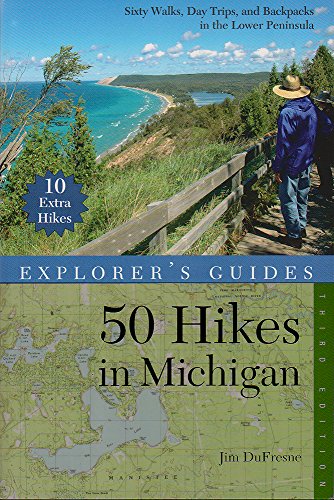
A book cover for Explorer's Guide 50 Hikes in Michigan: Sixty Walks, Day Trips, and Backpacks in the Lower Peninsula (Third Edition)  (Explorer's 50 Hikes); Jim DuFresne; Travel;